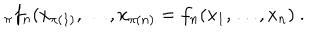
_ \pi f _ { n } ( x _ { \pi ( 1 ) } , \ldots , x _ { \pi ( n ) } = f _ { n } ( x _ { 1 } , \ldots , x _ { n } ) \ .